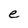
Character: e